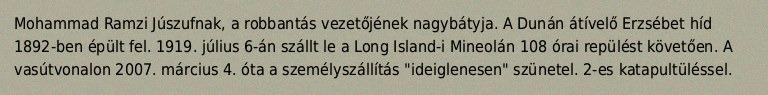
Mohammad Ramzi Júszufnak, a robbantás vezetőjének nagybátyja. A Dunán átívelő Erzsébet híd 1892-ben épült fel. 1919. július 6-án szállt le a Long Island-i Mineolán 108 órai repülést követően. A vasútvonalon 2007. március 4. óta a személyszállítás "ideiglenesen" szünetel. 2-es katapultüléssel.